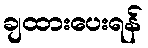
ချထားပေးရန်